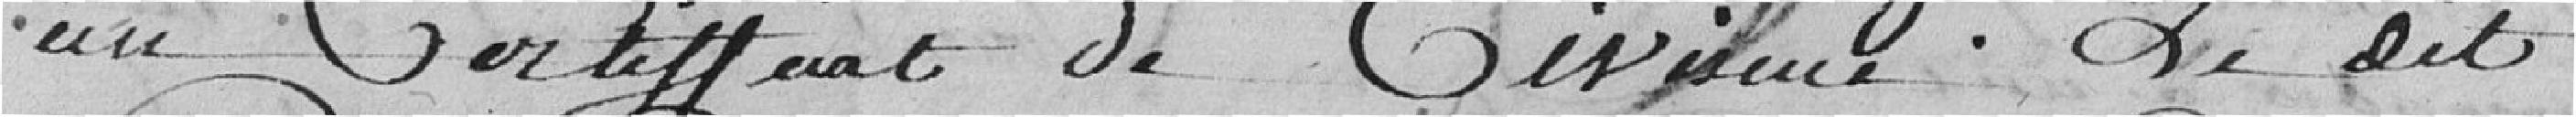
un certificat de civisme ; ledit